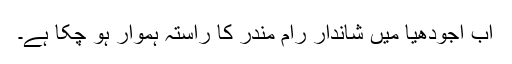
اب اجودھیا میں شاندار رام مندر کا راستہ ہموار ہو چکا ہے۔